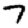
Digit: 7